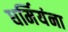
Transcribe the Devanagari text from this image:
धर्मियंना